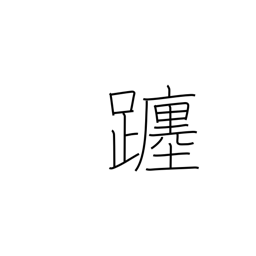
Meaning: movement of the sun/moon through the heavens